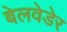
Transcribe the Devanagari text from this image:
बेलवेडेर